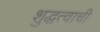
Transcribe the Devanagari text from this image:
शुद्धत्वाची